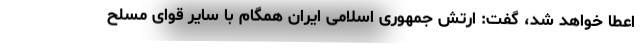
اعطا خواهد شد، گفت: ارتش جمهوری اسلامی ایران همگام با سایر قوای مسلح